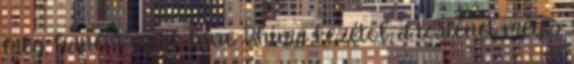
meg, hanem egyik híve Bhíma kezétől, a történet mégis